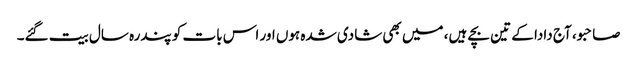
صاحبو، آج دادا کے تین بچے ہیں، میں بھی شادی شدہ ہوں اور اس بات کو پندرہ سال بیت گئے۔